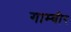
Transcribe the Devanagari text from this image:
गाम्बीर